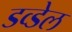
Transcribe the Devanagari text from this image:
डव्डेल